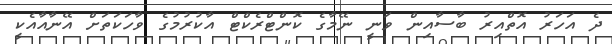
ދެ އަހަރު އޮތްއިރު ބާސާއިން ވަނީ ނޭމާގެ ކޮންޓްރެކްޓް އާކުރުމުގެ ވާހަކަތަށް އޭނާއާއެކީ